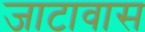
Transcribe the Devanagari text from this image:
जाटावास